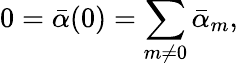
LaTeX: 0={\bar{\alpha}}(0)=\sum_{m\neq 0}{\bar{\alpha}}_{m},